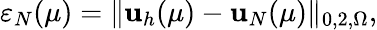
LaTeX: \varepsilon_{N}(\mu)=\| \textbf{u}_{h}(\mu)-\textbf{u}_{N}(\mu)\| _{0,2,\Omega},